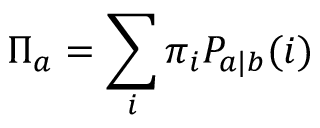
\Pi _ { a } = \sum _ { i } \pi _ { i } P _ { a | b } ( i )